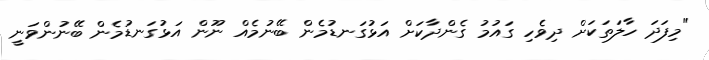
"މިފަދަ ހާލަތަކަށް ދިވެހި ގައުމު ގެންދާކަށް އަޅުގަނޑުމެން ބޭނުމެއް ނޫން އަޅުގަނޑުމެން ބޭނުންވަނީ